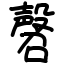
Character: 㲈